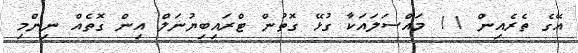
އޭގެ ތެރެއިން 11 މައްސަލައަކާ ގުޅޭ ގޮތުން ޓްރައިބިޔުނަލް އިން ގޮތެއް ނިންމި